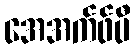
အေအက်ဖ်ပီ